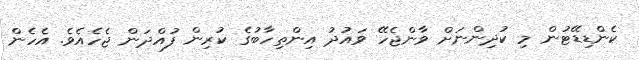
ކެންޑިޑޭޓުން މި ކުދިންނަށް ވާންޖެހޭ ވައުދު އިންތިހާބުގެ ކުރިން ފުއްދަން ޖެހެއެވެ. އެހެން